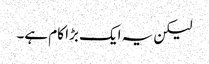
لیکن یہ ایک بڑا کام ہے۔